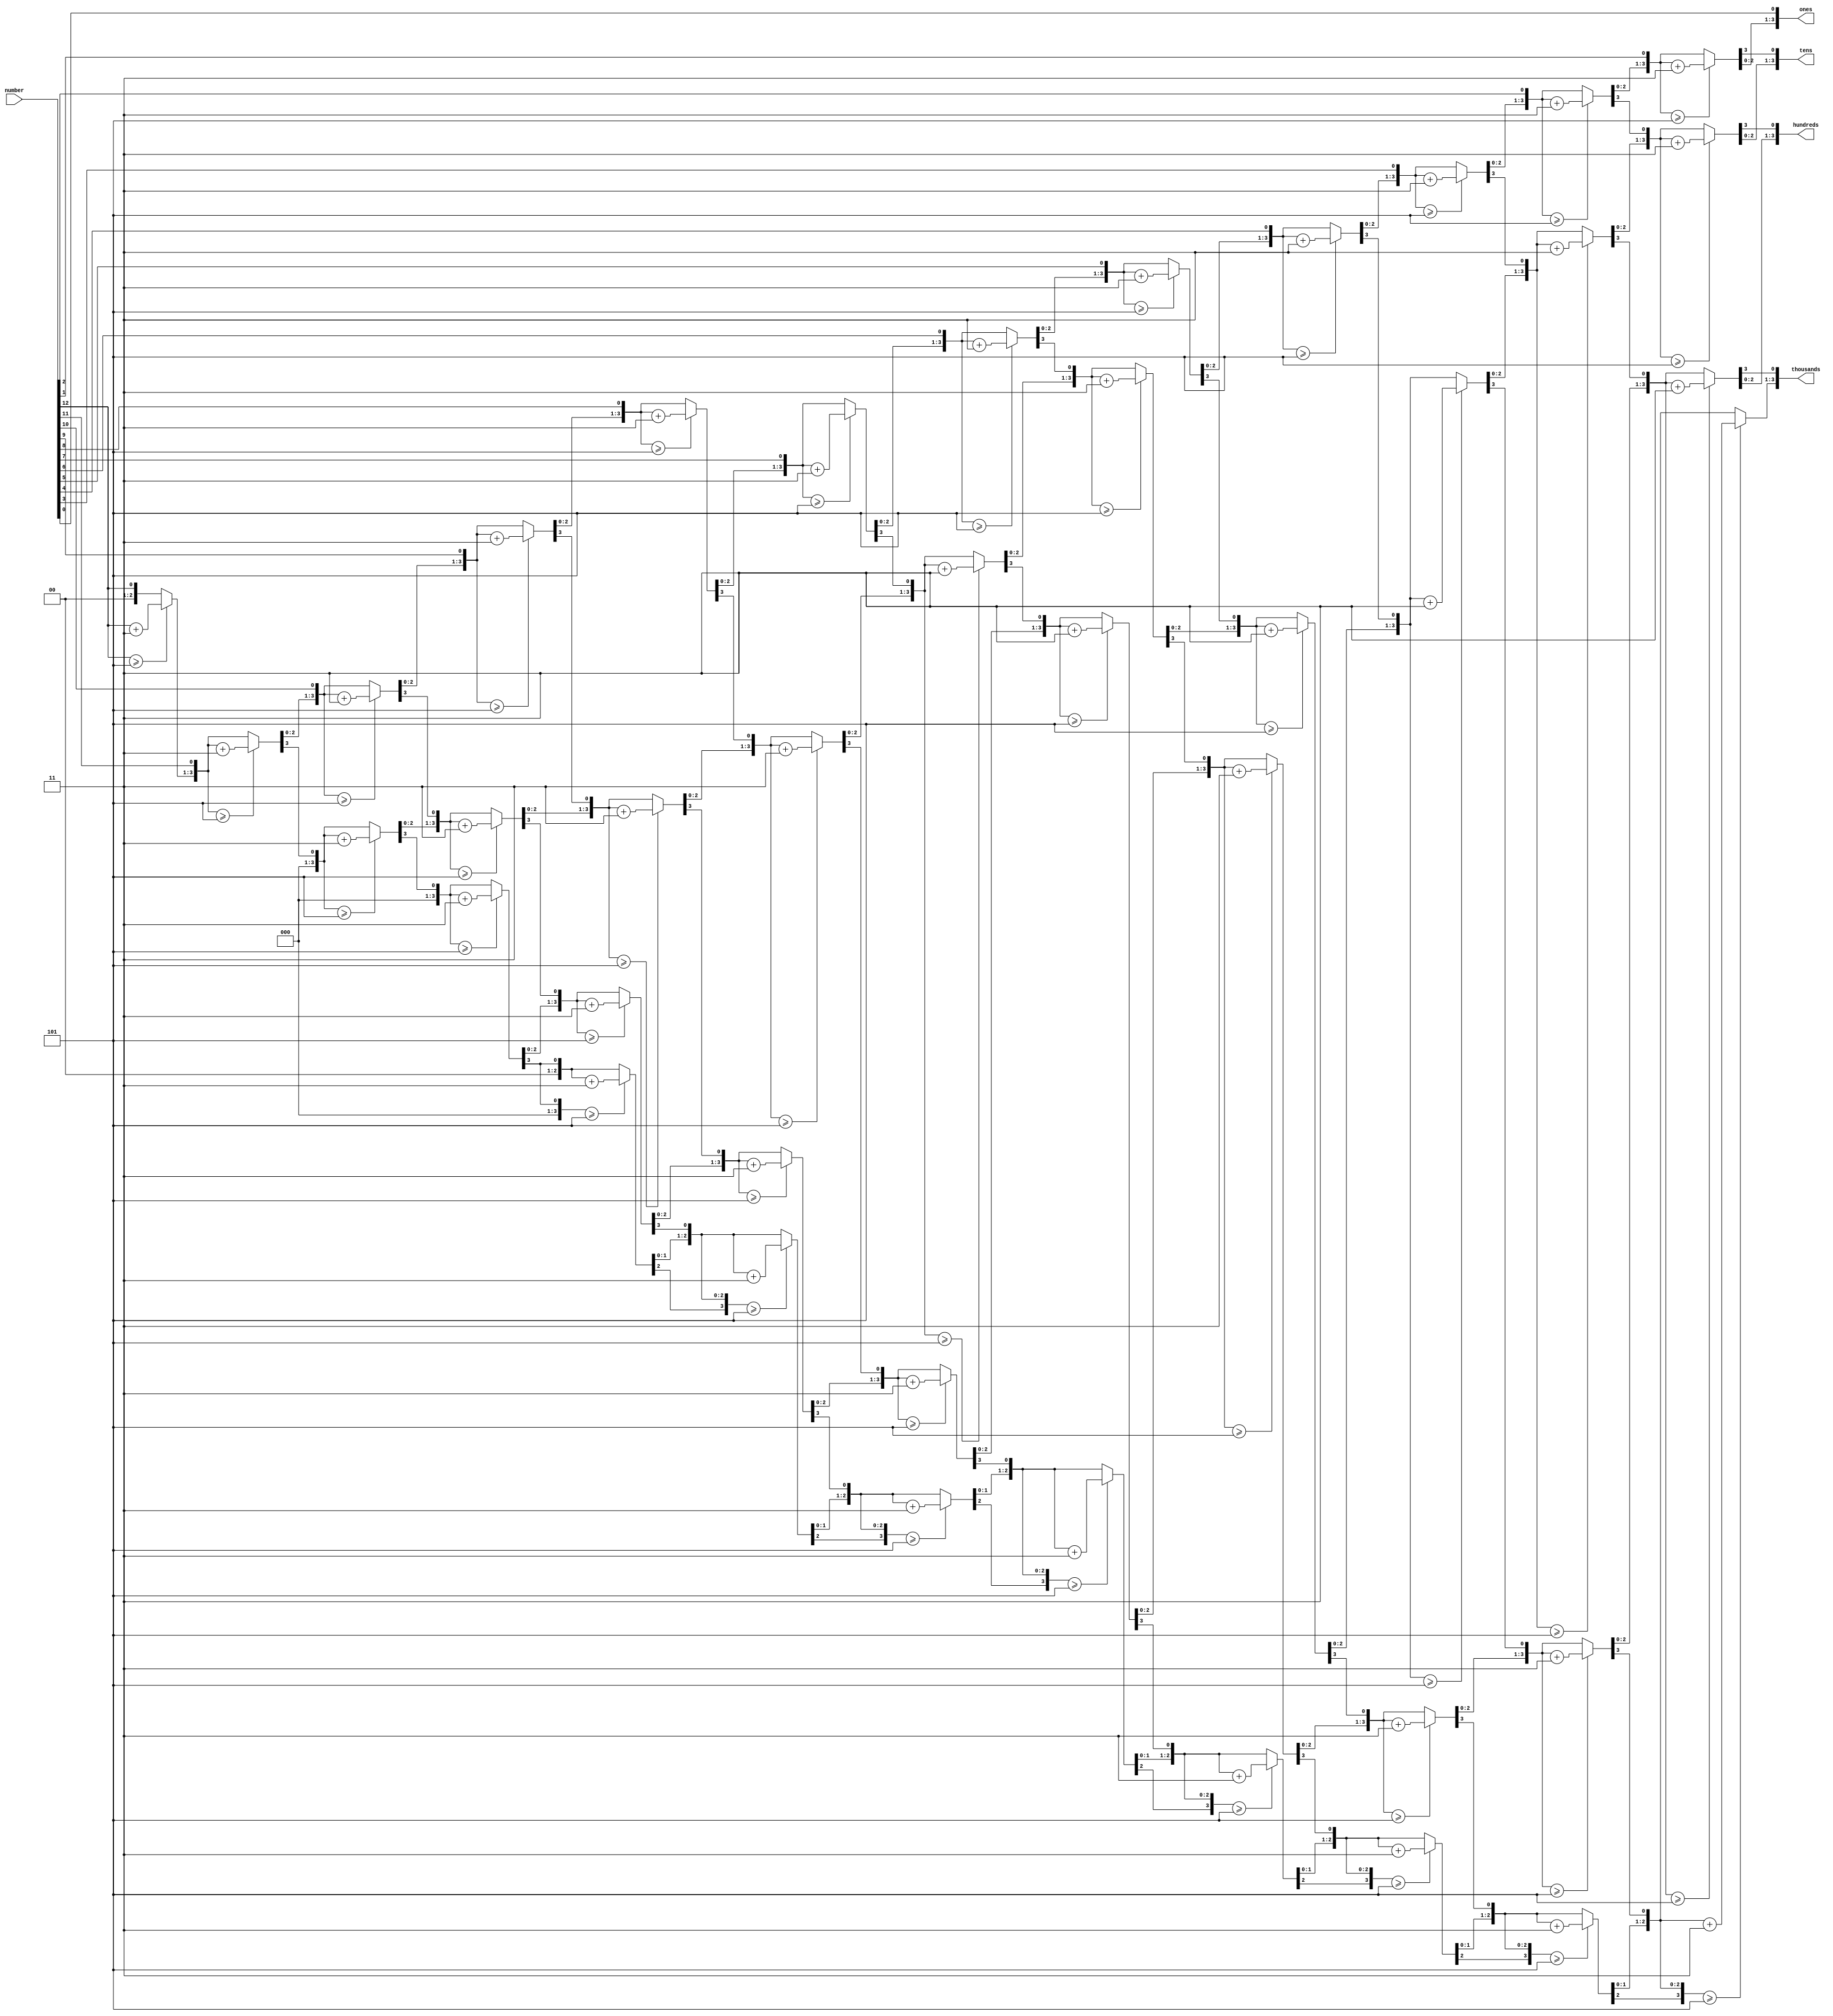
`timescale 1ns / 1ps
//////////////////////////////////////////////////////////////////////////////////
// Company: 
// Engineer: 
// 
// Design Name: 
// Module Name:    binToBCD 
// Project Name: 
// Target Devices: 
// Tool versions: 
// Description: 
//
// Dependencies: 
//
// Revision: 
// Revision 0.01 - File Created
// Additional Comments: 
//
//////////////////////////////////////////////////////////////////////////////////
module binToBCD(number, thousands, hundreds, tens, ones);
 input  [12:0] number;
   output reg [3:0] thousands;
   output reg [3:0] hundreds;
   output reg [3:0] tens;
   output reg [3:0] ones;
   
   // Internal variable for storing bits
   reg [28:0] shift;
   integer i;
   
   always @(number)
   begin
      // Clear previous number and store new number in shift register
      shift[28:13] = 0;
      shift[12:0] = number;
      
      // Loop eight times
      for (i=0; i<13; i=i+1) 
	  begin
         if (shift[16:13] >= 5)
            shift[16:13] = shift[16:13] + 3;
            
         if (shift[20:17] >= 5)
            shift[20:17] = shift[20:17] + 3;
            
         if (shift[24:21] >= 5)
            shift[24:21] = shift[24:21] + 3;
			
		 if (shift[28:25] >= 5)
			shift[28:25] = shift[28:25] + 3;
	  	
         
         // Shift entire register left once
         shift = shift << 1;
      end
      
      // Push decimal numbers to output
	  thousands= shift[28:25];
      hundreds = shift[24:21];
      tens     = shift[20:17];
      ones     = shift[16:13];
   end
 
endmodule